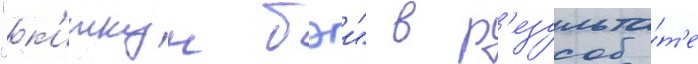
"к'иткун бэи" в р'езульта́т'е